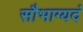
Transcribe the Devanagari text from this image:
सौभाग्यदं